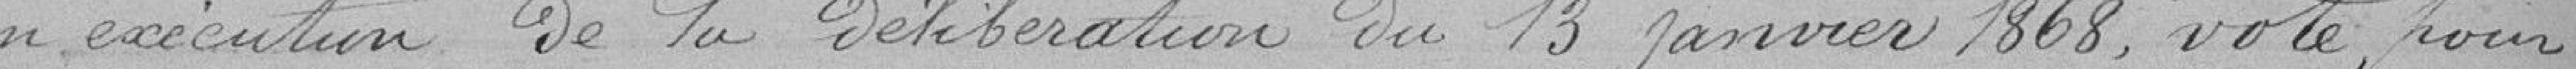
en exécution de la délibération du 13 janvier 1868, vote pour